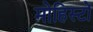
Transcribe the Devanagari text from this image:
मोहिस्टों